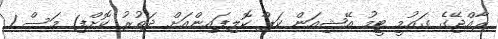
ރާއްޖޭގެ ގައުމީ ޓީމު އޭޝިއަން ކަޕް ކޮލިފައިންއަށް ދަތުރު ކޮށްފި1 މަސް 1